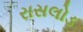
રાસલોડ